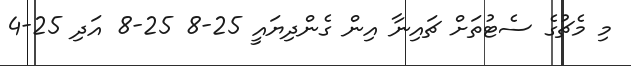
މި މެޗުގެ ސެޓުތަށް ޗައިނާ އިން ގެންދިޔައީ 25-8 25-8 އަދި 25-4